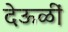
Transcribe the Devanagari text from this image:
देऊळीं